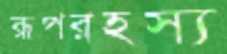
রূপরহস্য